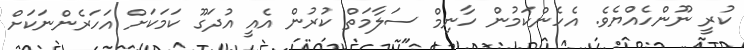
ކުރީ ނޫންހެއްޔެވެ. އެހެންކަމުން ހާނިމް ސަލާމަތް ކުރުން އެއީ އުދަގޫ ކަމަކަށް އަހަރެންނަކަށް